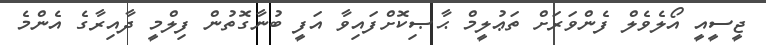
ޖީސީއީ އޯލެވެލް ފެންވަރަށް ތަޢުލީމް ޙާޞިކޮށްފައިވާ އަފީ ބުނާގޮތުން ފިލްމީ ދާއިރާގެ އެންމެ